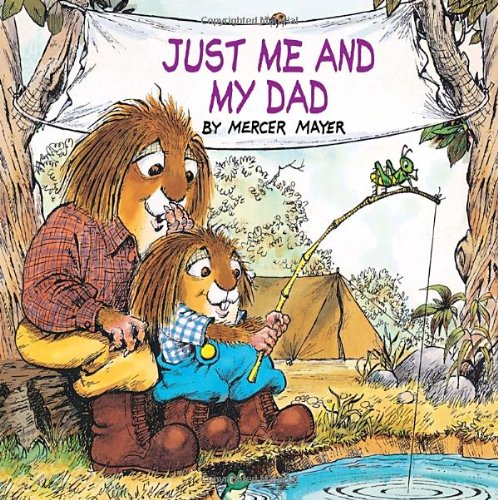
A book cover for Just Me and My Dad (Little Critter); Mercer Mayer; Children's Books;